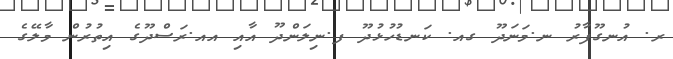
ރ. އުނގޫފާރު ނ.މަނަދޫ ގއ. ކަނޑުހުޅުދޫ ފ.ނިލަންދޫ އާއި އއ.ރަސްދޫގެ އިތުރުން މާލޭގެ